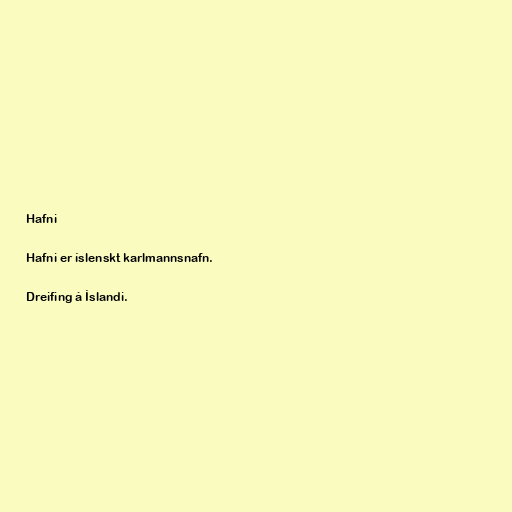
Hafni

Hafni er íslenskt karlmannsnafn.

Dreifing á Íslandi.